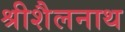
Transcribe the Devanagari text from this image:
श्रीशैलनाथ